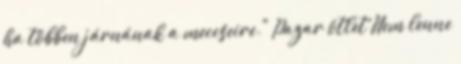
ha többen járnának a meccseire." Pazar ötlet Nem lenne